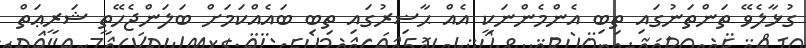
ގުޅާލެވޭ ތަންތަނުގައި ތިބި އެންމެންނަކީ އެއް ޙާޟިރުގައި ތިބި ބައެއްކަމަށް ބަލަންޖެހޭތީ ޝަރީޢަތް